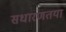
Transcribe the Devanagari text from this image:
सधारणतया